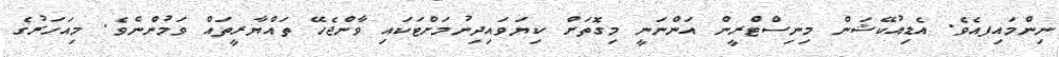
ނިންމައިފއެވެ. އެޑިއުކޭޝަން މިނިސްޓްރީން އަންނަނީ މިގޮތަށް ކިޔަވައިދިނުމަށްޓަކައި ވާންޖެހޭ ތައްޔާރީތައް ވަމުންނެވެ. މިއަހަރުގެ